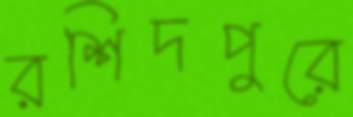
রশিদপুরে